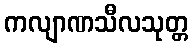
ကလျာဏသီလသုတ္တ